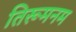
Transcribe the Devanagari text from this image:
तिरूमनम